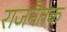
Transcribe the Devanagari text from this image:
राजनैतक